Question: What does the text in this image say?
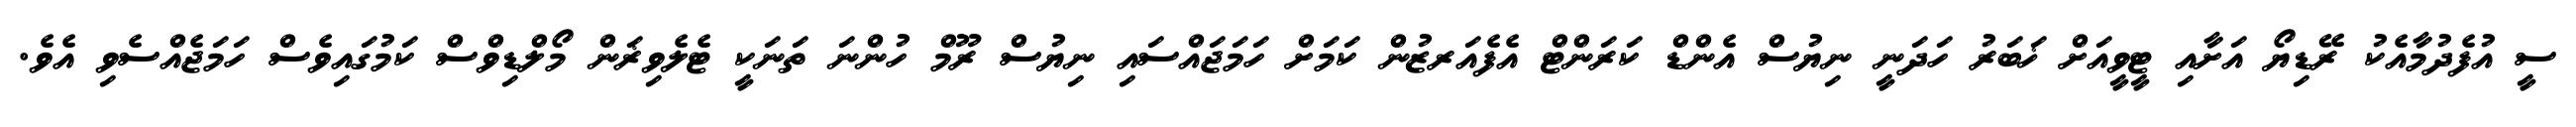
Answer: ސީ އުފެދުމާއެކު ރޭޑިޔޯ އަށާއި ޓީވީއަށް ޚަބަރު ހަދަނީ ނިޔުސް އެންޑް ކަރަންޓް އެފެއަރޒުން ކަމަށް ހަމަޖައްސައި ނިޔުސް ރޫމް ހުންނަ ތަނަކީ ޓެލެވިޜަން މޯލްޑިވްސް ކަމުގައިވެސް ހަމަޖެއްސެވި އެވެ.